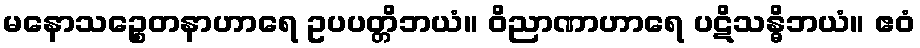
မနောသဉ္စေတနာဟာရေ ဥပပတ္တိဘယံ။ ဝိညာဏာဟာရေ ပဋိသန္ဓိဘယံ။ ဧဝံ